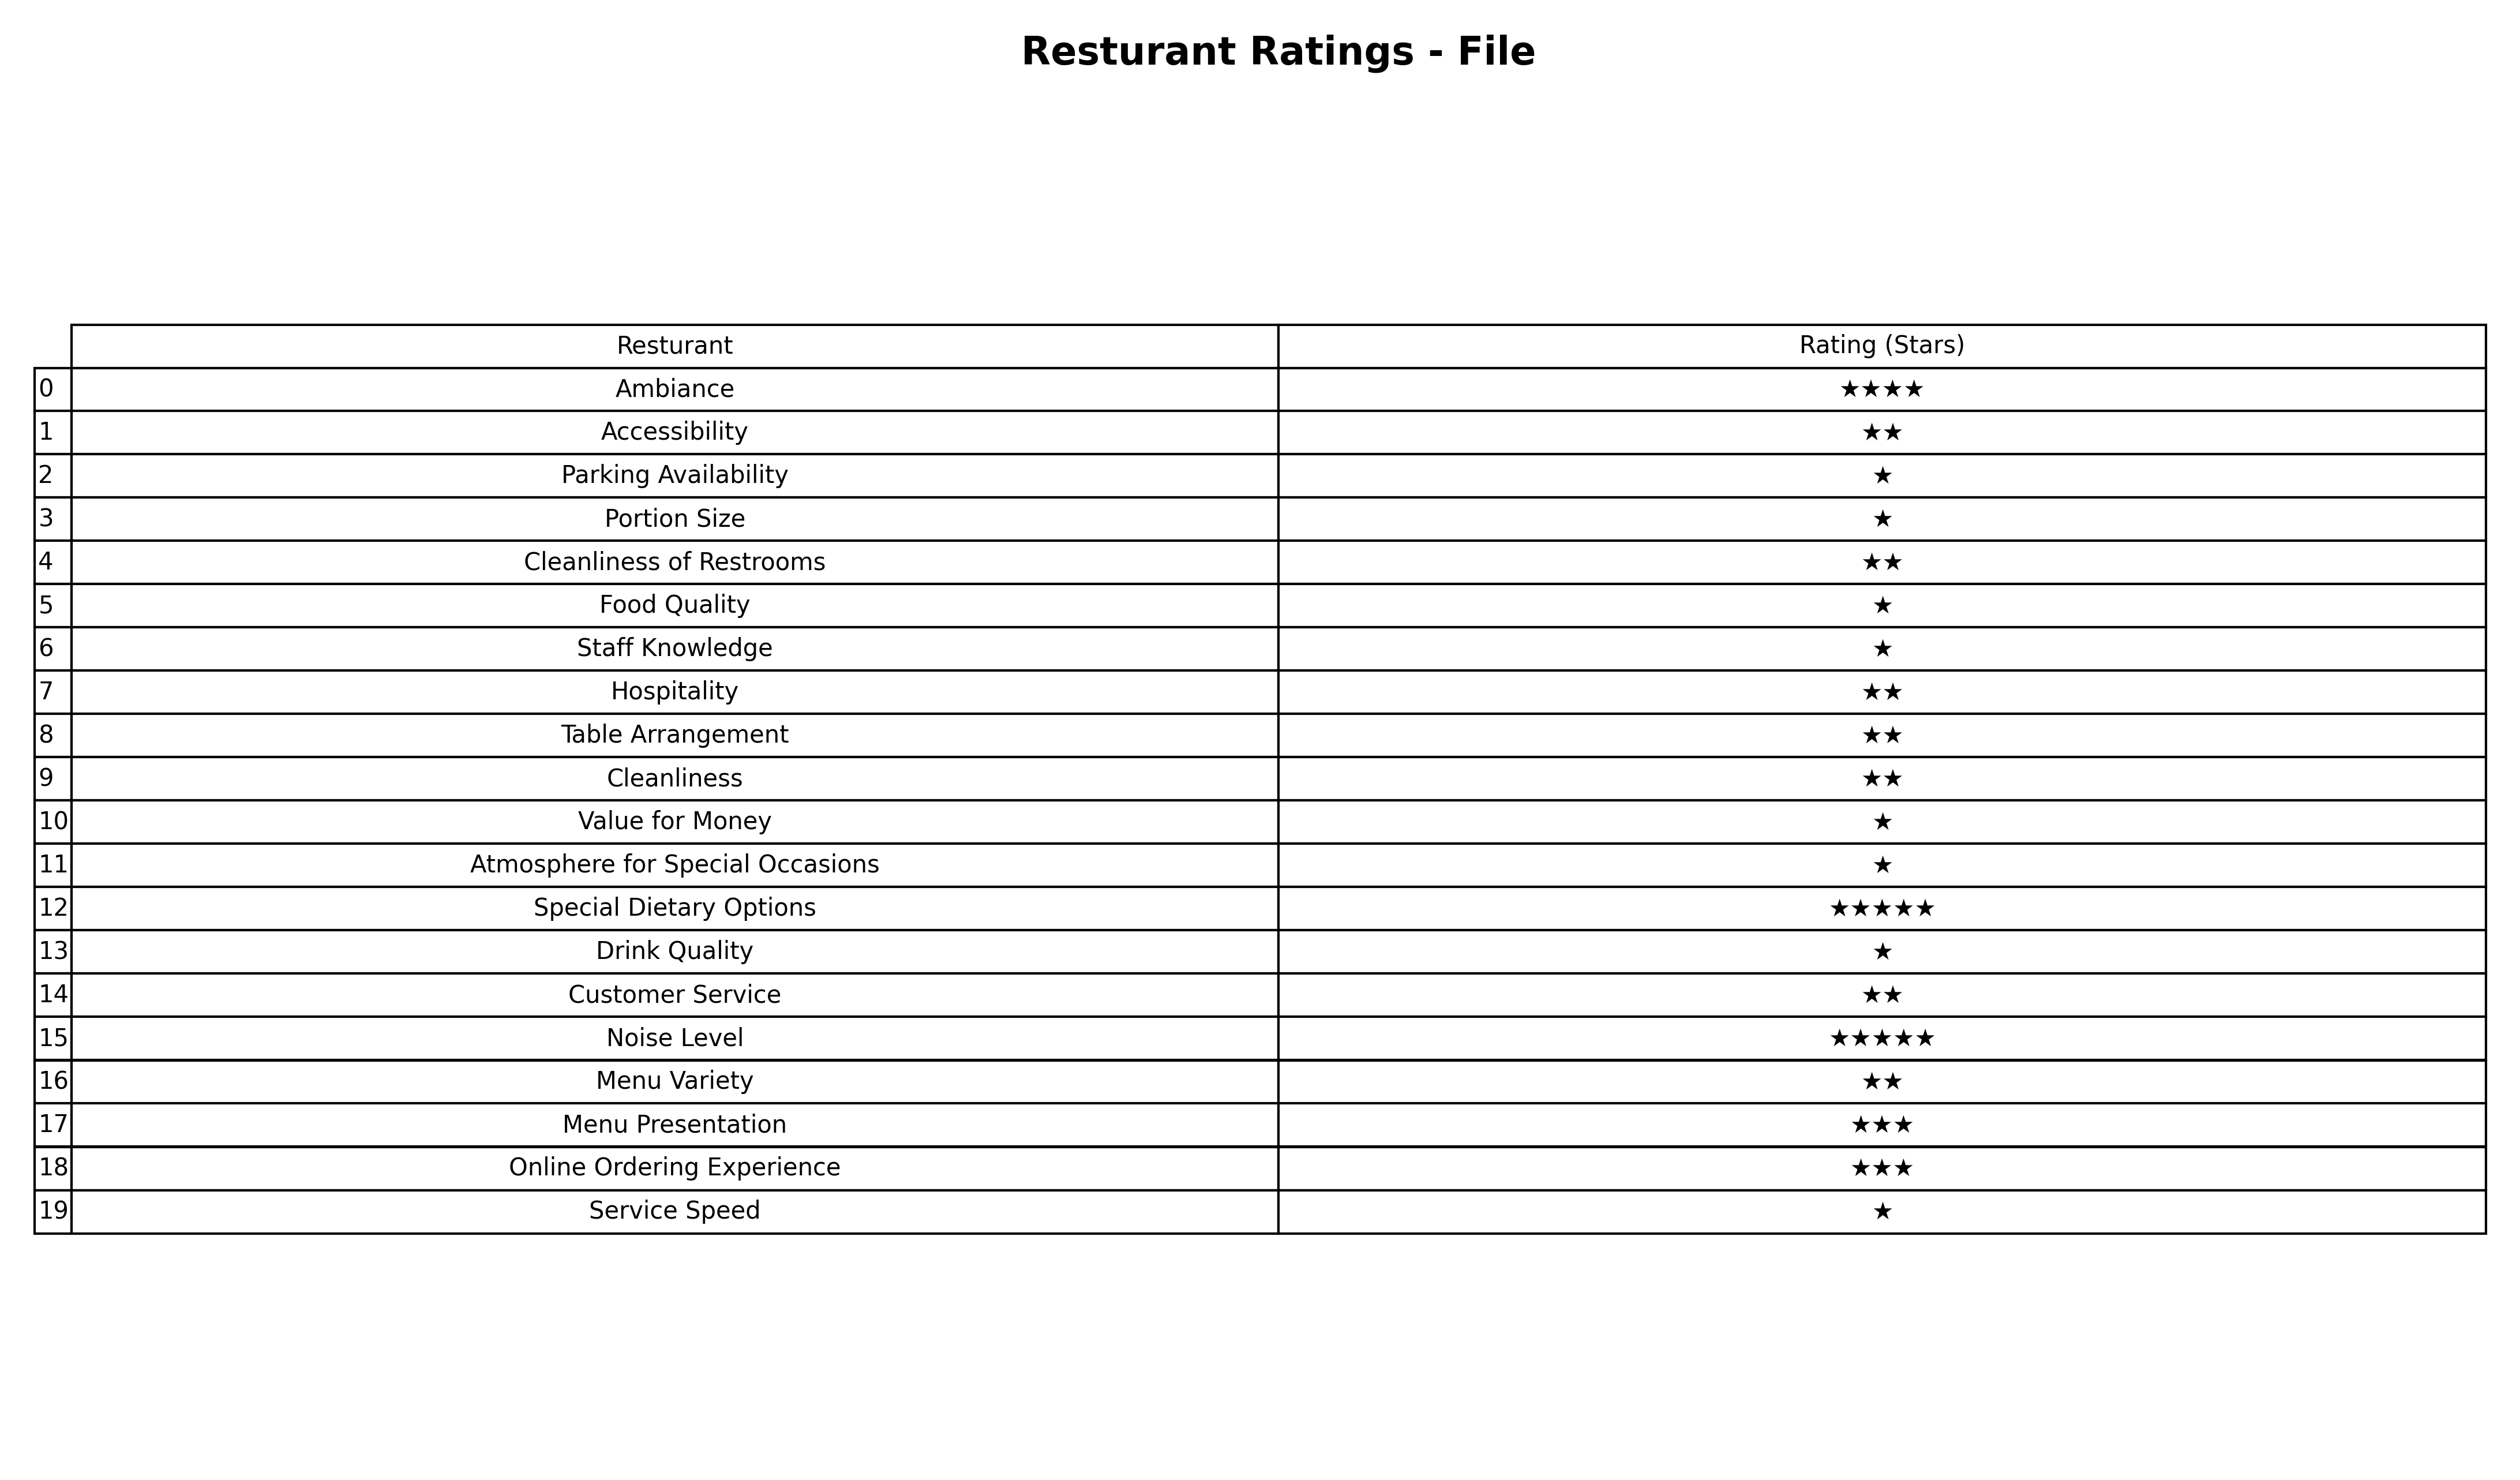
question: What are five star services?
answer: Special Dietary OptionsNoise Level